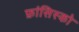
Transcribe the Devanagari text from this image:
फ्रांसिस्‍को